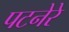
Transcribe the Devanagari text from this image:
पटनेरे